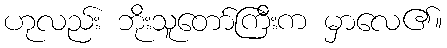
ဟုလည်း ဘိုးသူတော်ကြီးက မှာလေ၏။